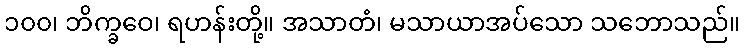
၁၀၀၊ ဘိက္ခဝေ၊ ရဟန်းတို့။ အသာတံ၊ မသာယာအပ်သော သဘောသည်။